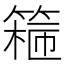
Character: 𬕣